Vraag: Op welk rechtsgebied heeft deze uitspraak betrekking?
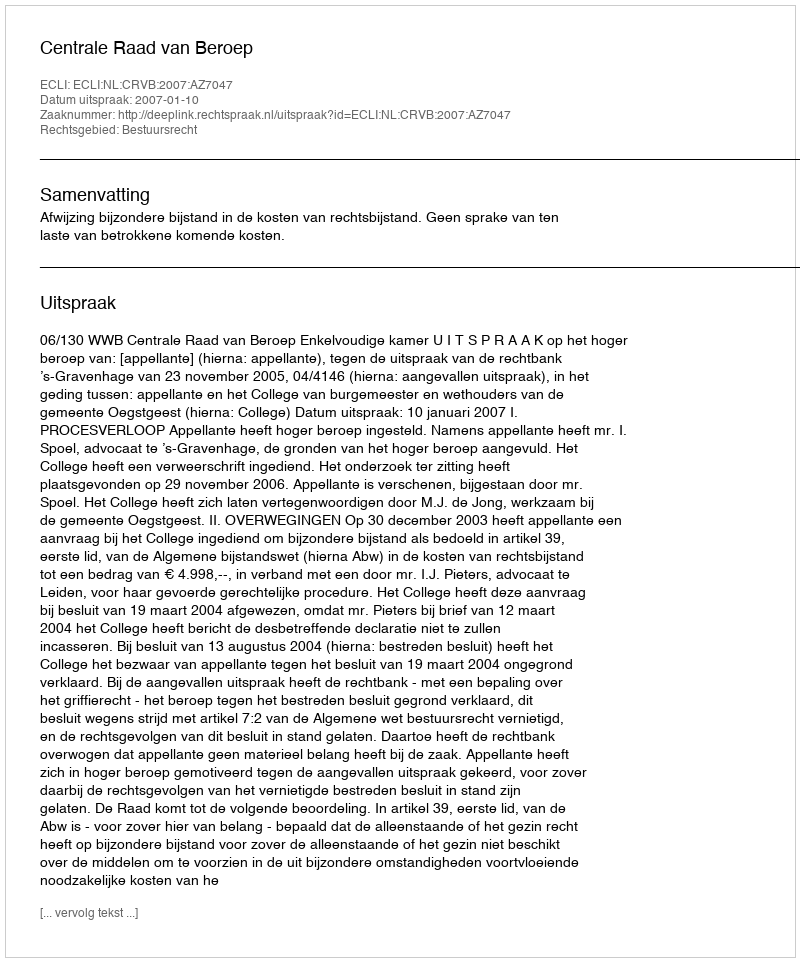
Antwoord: Bestuursrecht